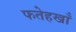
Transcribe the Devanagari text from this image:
फतेहखाँ